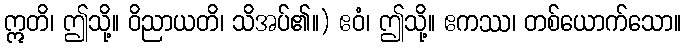
ဣတိ၊ ဤသို့။ ဝိညာယတိ၊ သိအပ်၏။) ဧဝံ၊ ဤသို့။ ဧကဿ၊ တစ်ယောက်သော။